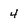
Character: 4